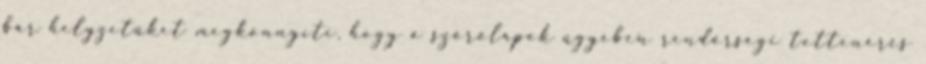
bár helyzetüket megkönnyíti, hogy a szórólapok ügyében rendőrségi tettenérés